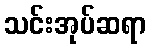
သင်းအုပ်ဆရာ